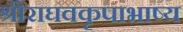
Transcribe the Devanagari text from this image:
श्रीराघवकृपाभाष्य